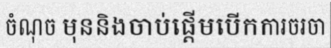
ចំណុច មុននិងចាប់ផ្តើមបើកការចរចា